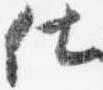
仕